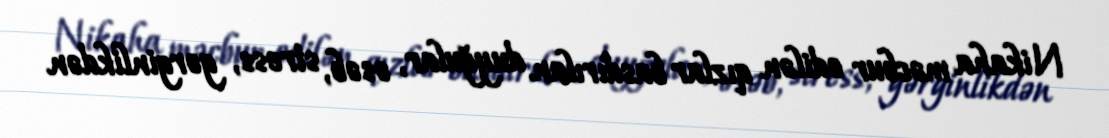
Nikaha məcbur edilən qızlar basdırılan duyğular, əsəb, stress, gərginlikdən